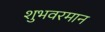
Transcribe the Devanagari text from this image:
शुभवरमान